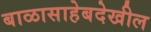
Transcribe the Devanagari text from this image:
बाळासाहेबदेखील